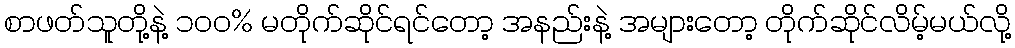
စာဖတ်သူတို့နဲ့ ၁၀၀% မတိုက်ဆိုင်ရင်တော့ အနည်းနဲ့ အများတော့ တိုက်ဆိုင်လိမ့်မယ်လို့